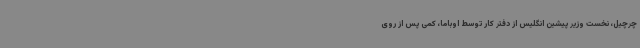
چرچیل، نخست وزیر پیشین انگلیس از دفتر کار توسط اوباما، کمی پس از روی